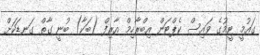
ގައުމީ ޓީމުގެ ވައިސް ކެޕްޓަން އިބްރާހިމް އާރިފް (ބަކާ) ބުނީ ގާތް ގަނޑަކަށް